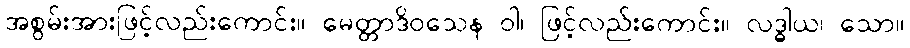
အစွမ်းအားဖြင့်လည်းကောင်း။ မေတ္တာဒိဝသေန ဝါ၊ ဖြင့်လည်းကောင်း။ လဒ္ဓါယ၊ သော။